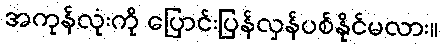
အကုန်လုံးကို ပြောင်းပြန်လှန်ပစ်နိုင်မလား။